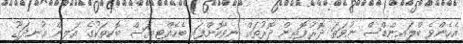
އެހެންވެ ބްލައިންޑްސް ނުވަތަ ދޮރުފޮތިން ދޮރުތައް ނިވާކޮށްފައި ބެހެއްޓިޔަސް ބޮކިތަކުގެ އަލިން އުނދަގޫ